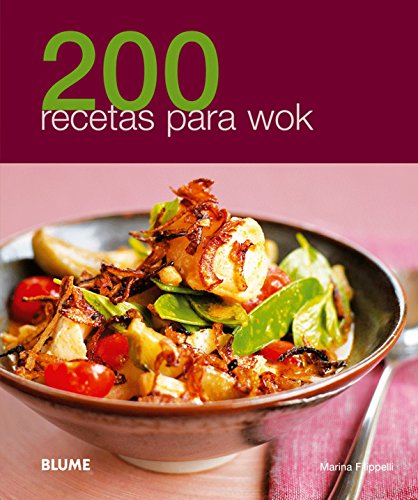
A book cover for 200 recetas para wok (Spanish Edition); Marina Filippelli; Cookbooks, Food & Wine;